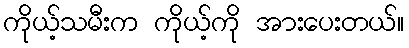
ကိုယ့်သမီးက ကိုယ့်ကို အားပေးတယ်။